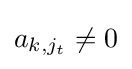
a_{k,j_{t}}\neq 0